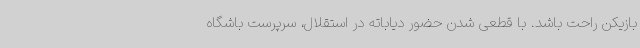
بازیکن راحت باشد. با قطعی شدن حضور دیاباته در استقلال، سرپرست باشگاه